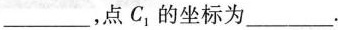
___，点C_{1}，的坐标为___.